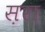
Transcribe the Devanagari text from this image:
स़रा